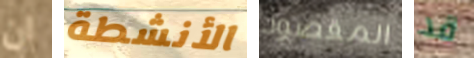
ان الأنشطة المقصود قد